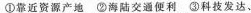
①靠近资源产地 ②海陆交通便利 ③科技发达、